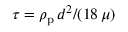
\tau = \rho _ { \mathrm { p } } \, d ^ { 2 } / ( 1 8 \, \mu )